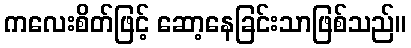
ကလေးစိတ်ဖြင့် ဆော့နေခြင်းသာဖြစ်သည်။